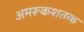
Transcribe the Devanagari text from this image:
अमरूकशतक